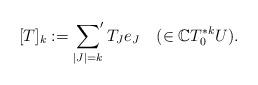
LaTeX: \begin{align*} [T]_k:=\sideset{}{'}\sum_{\left\vert J\right\vert=k}T_Je_J\quad(\in {\mathbb{C}}T^{*k}_0U).\end{align*}